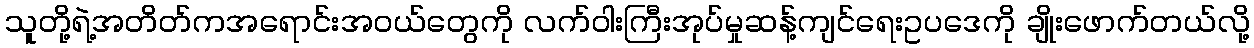
သူတို့ရဲ့အတိတ်ကအရောင်းအဝယ်တွေကို လက်ဝါးကြီးအုပ်မှုဆန့်ကျင်ရေးဥပဒေကို ချိုးဖောက်တယ်လို့